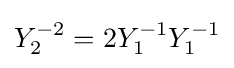
Y_{2}^{-2}=2Y_{1}^{-1}Y_{1}^{-1}